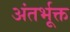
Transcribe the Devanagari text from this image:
अंतर्भूक्त